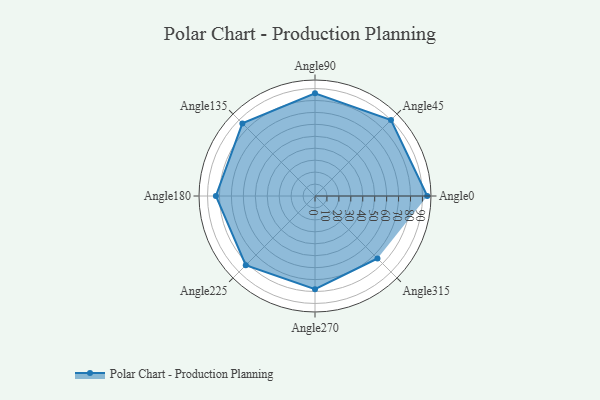
{"axis": {"x": "Angle", "y": "Radius"}, "legend": [""], "data": [{"x": "Angle0", "y": 94.0, "type": ""}, {"x": "Angle45", "y": 90.0, "type": ""}, {"x": "Angle90", "y": 86.0, "type": ""}, {"x": "Angle135", "y": 86.0, "type": ""}, {"x": "Angle180", "y": 83.0, "type": ""}, {"x": "Angle225", "y": 82.0, "type": ""}, {"x": "Angle270", "y": 78.0, "type": ""}, {"x": "Angle315", "y": 74.0, "type": ""}]}